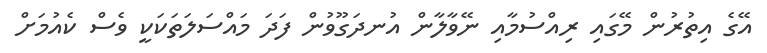
އޭގެ އިތުރުން މޭގައި ރިއްސުމާއި ނޭވާލާން އުނދަގޫވުން ފަދަ މައްސަލަތަކަކީ ވެސް ކެއުމަށް